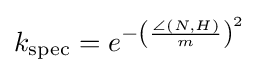
k_{\mathrm {spec} }=e^{-\left({\frac {\angle (N,H)}{m}}\right)^{2}}